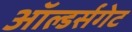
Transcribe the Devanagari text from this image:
ऑल्डर्सगेट